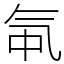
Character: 㲴